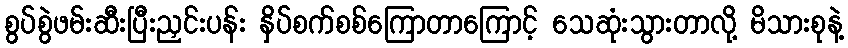
စွပ်စွဲဖမ်းဆီးပြီးညှင်းပန်း နှိပ်စက်စစ်ကြောတာကြောင့် သေဆုံးသွားတာလို့ မိသားစုနဲ့